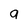
Character: a